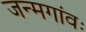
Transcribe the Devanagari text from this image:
जन्मगांवः